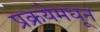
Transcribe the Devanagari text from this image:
प्रक्रयेमधून